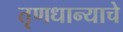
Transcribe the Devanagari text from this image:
तृणधान्याचे